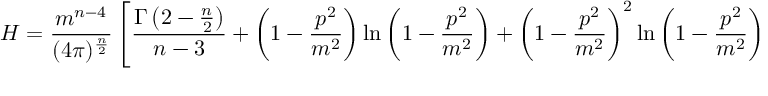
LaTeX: H = \frac { m ^ { n - 4 } } { ( 4 \pi ) ^ { \frac { n } { 2 } } } \left[ \frac { \Gamma \left( 2 - \frac { n } { 2 } \right) } { n - 3 } + \left( 1 - { \frac { p ^ { 2 } } { m ^ { 2 } } } \right) \ln \left( 1 - { \frac { p ^ { 2 } } { m ^ { 2 } } } \right) + \left( 1 - { \frac { p ^ { 2 } } { m ^ { 2 } } } \right) ^ { 2 } \ln \left( 1 - { \frac { p ^ { 2 } } { m ^ { 2 } } } \right) + \cdots \right] ,